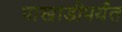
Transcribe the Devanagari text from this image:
पाखाडीपर्यंत